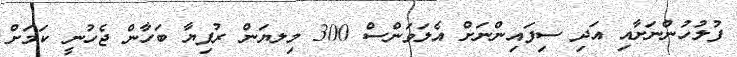
ފުލުހުންނަށާއި އަދި ސިފައިންނަށް އެލަވަންސް 300 މިލޔަން ރުފިޔާ ބަހާން ޖެހުނީ ކަމަށް